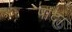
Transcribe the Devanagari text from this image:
पादा